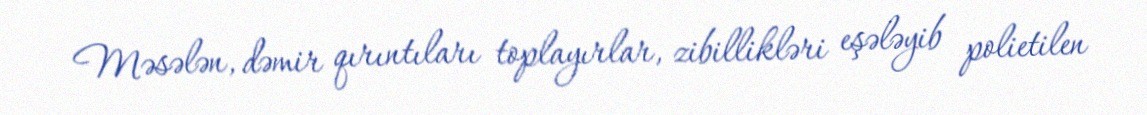
Məsələn, dəmir qırıntıları toplayırlar, zibillikləri eşələyib polietilen